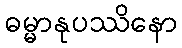
ဓမ္မာနုပဿိနော